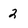
Character: 2